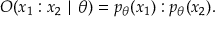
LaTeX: O ( x _ { 1 } : x _ { 2 } \mid \theta ) = p _ { \theta } ( x _ { 1 } ) : p _ { \theta } ( x _ { 2 } ) .